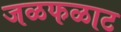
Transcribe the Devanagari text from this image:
जळफळाट